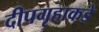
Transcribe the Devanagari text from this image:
दीपगृहाकडे